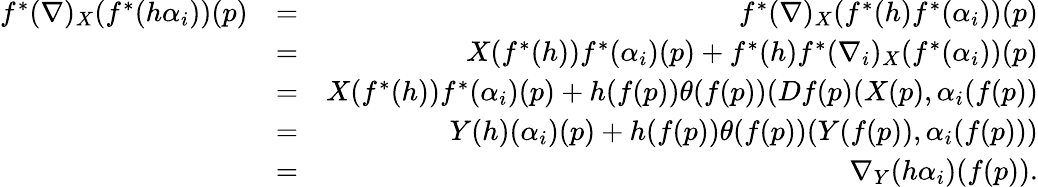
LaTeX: \begin{array}{rlr}{f^{*}(\nabla)_{X}(f^{*}(h\alpha_{i}))(p)}&{=}&{f^{*}(\nabla)_{X}(f^{*}(h)f^{*}(\alpha_{i}))(p)}\\ &{=}&{X(f^{*}(h))f^{*}(\alpha_{i})(p)+f^{*}(h)f^{*}(\nabla_{i})_{X}(f^{*}(\alpha_{i}))(p)}\\ &{=}&{X(f^{*}(h))f^{*}(\alpha_{i})(p)+h(f(p))\theta(f(p))(Df(p)(X(p),\alpha_{i}(f(p))}\\ &{=}&{Y(h)(\alpha_{i})(p)+h(f(p))\theta(f(p))(Y(f(p)),\alpha_{i}(f(p)))}\\ &{=}&{\nabla_{Y}(h\alpha_{i})(f(p)).}\end{array}